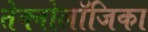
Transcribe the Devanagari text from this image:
तेक्नोलॉजिका